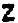
Z